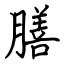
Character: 膳